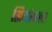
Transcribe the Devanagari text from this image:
सिमोनला